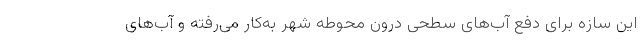
این سازه برای دفع آب‌های سطحی درون محوطه شهر به‌کار می‌رفته و آب‌های